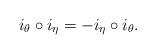
LaTeX: \begin{align*} i_{\theta}\circ i_{\eta} = -i_{\eta}\circ i_{\theta}.\end{align*}